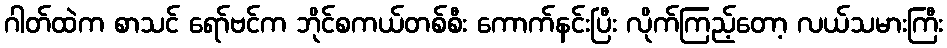
ဂါတ်ထဲက စာသင် ရော်ဗင်က ဘိုင်စကယ်တစ်စီး ကောက်နင်းပြီး လိုက်ကြည့်တော့ လယ်သမားကြီး